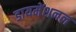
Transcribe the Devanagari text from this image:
डायमेंशनल